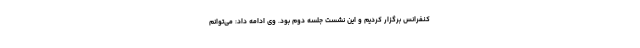
کنفرانس برگزار کردیم و این نشست جلسه دوم بود. وی ادامه داد: می‌توانم